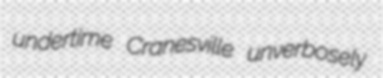
undertime Cranesville unverbosely